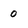
Character: 0